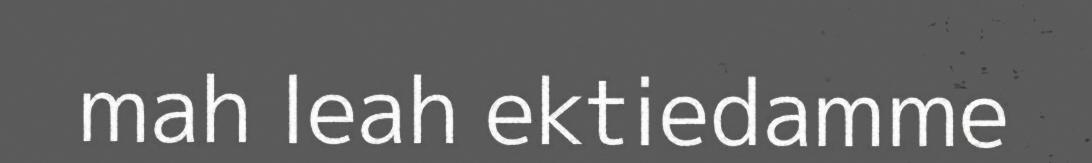
mah leah ektiedamme